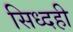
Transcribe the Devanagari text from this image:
सिध्दही